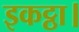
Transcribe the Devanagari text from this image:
इकट्ठा।